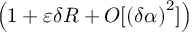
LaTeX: \left( 1 + \varepsilon \delta R + O [ \left( \delta \alpha \right) ^ { 2 } ] \right)